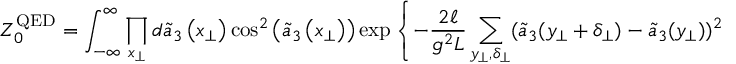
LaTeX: Z _ { 0 } ^ { \mathrm { Q E D } } = \int _ { - \infty } ^ { \infty } \prod _ { x _ { \perp } } d \tilde { a } _ { 3 } \left( x _ { \perp } \right) \cos ^ { 2 } \left( \tilde { a } _ { 3 } \left( x _ { \perp } \right) \right) \exp \left\{ - \frac { 2 \ell } { g ^ { 2 } L } \sum _ { y _ { \perp } , \delta _ { \perp } } ( \tilde { a } _ { 3 } ( y _ { \perp } + \delta _ { \perp } ) - \tilde { a } _ { 3 } ( y _ { \perp } ) ) ^ { 2 } \right\}